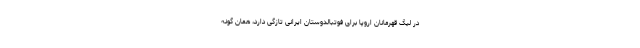
در لیگ قهرمانان اروپا برای فوتبالدوستان ایرانی تازگی دارد، همان گونه